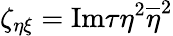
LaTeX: \zeta_{\eta\xi}=\mathrm{Im}\tau\eta^{2}\overline{{{\eta}}}^{2}